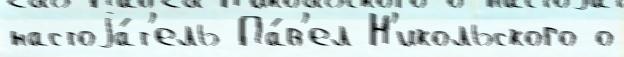
настоjа́т'ель Па́в'ел Н'икольского о